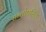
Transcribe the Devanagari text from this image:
सन्तोषसिंह